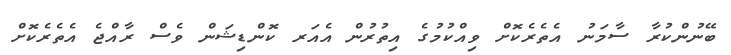
ބޭނުންކުރާ ސާމަނު އެތެރެކޮށް ވިއްކުމުގެ އިތުރުން އެއަރ ކޮންޑިޝަން ވެސް ރާއްޖެ އެތެރެކޮށް